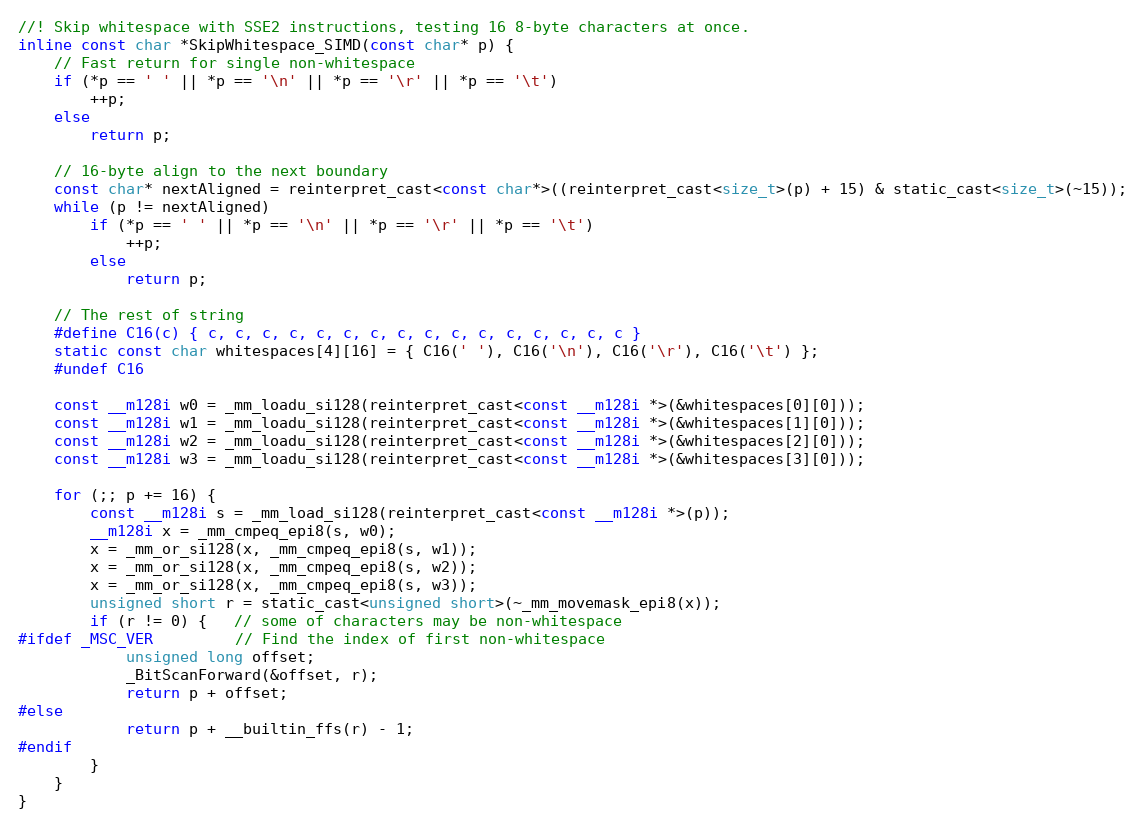
Language: C
//! Skip whitespace with SSE2 instructions, testing 16 8-byte characters at once.
inline const char *SkipWhitespace_SIMD(const char* p) {
    // Fast return for single non-whitespace
    if (*p == ' ' || *p == '\n' || *p == '\r' || *p == '\t')
        ++p;
    else
        return p;

    // 16-byte align to the next boundary
    const char* nextAligned = reinterpret_cast<const char*>((reinterpret_cast<size_t>(p) + 15) & static_cast<size_t>(~15));
    while (p != nextAligned)
        if (*p == ' ' || *p == '\n' || *p == '\r' || *p == '\t')
            ++p;
        else
            return p;

    // The rest of string
    #define C16(c) { c, c, c, c, c, c, c, c, c, c, c, c, c, c, c, c }
    static const char whitespaces[4][16] = { C16(' '), C16('\n'), C16('\r'), C16('\t') };
    #undef C16

    const __m128i w0 = _mm_loadu_si128(reinterpret_cast<const __m128i *>(&whitespaces[0][0]));
    const __m128i w1 = _mm_loadu_si128(reinterpret_cast<const __m128i *>(&whitespaces[1][0]));
    const __m128i w2 = _mm_loadu_si128(reinterpret_cast<const __m128i *>(&whitespaces[2][0]));
    const __m128i w3 = _mm_loadu_si128(reinterpret_cast<const __m128i *>(&whitespaces[3][0]));

    for (;; p += 16) {
        const __m128i s = _mm_load_si128(reinterpret_cast<const __m128i *>(p));
        __m128i x = _mm_cmpeq_epi8(s, w0);
        x = _mm_or_si128(x, _mm_cmpeq_epi8(s, w1));
        x = _mm_or_si128(x, _mm_cmpeq_epi8(s, w2));
        x = _mm_or_si128(x, _mm_cmpeq_epi8(s, w3));
        unsigned short r = static_cast<unsigned short>(~_mm_movemask_epi8(x));
        if (r != 0) {   // some of characters may be non-whitespace
#ifdef _MSC_VER         // Find the index of first non-whitespace
            unsigned long offset;
            _BitScanForward(&offset, r);
            return p + offset;
#else
            return p + __builtin_ffs(r) - 1;
#endif
        }
    }
}